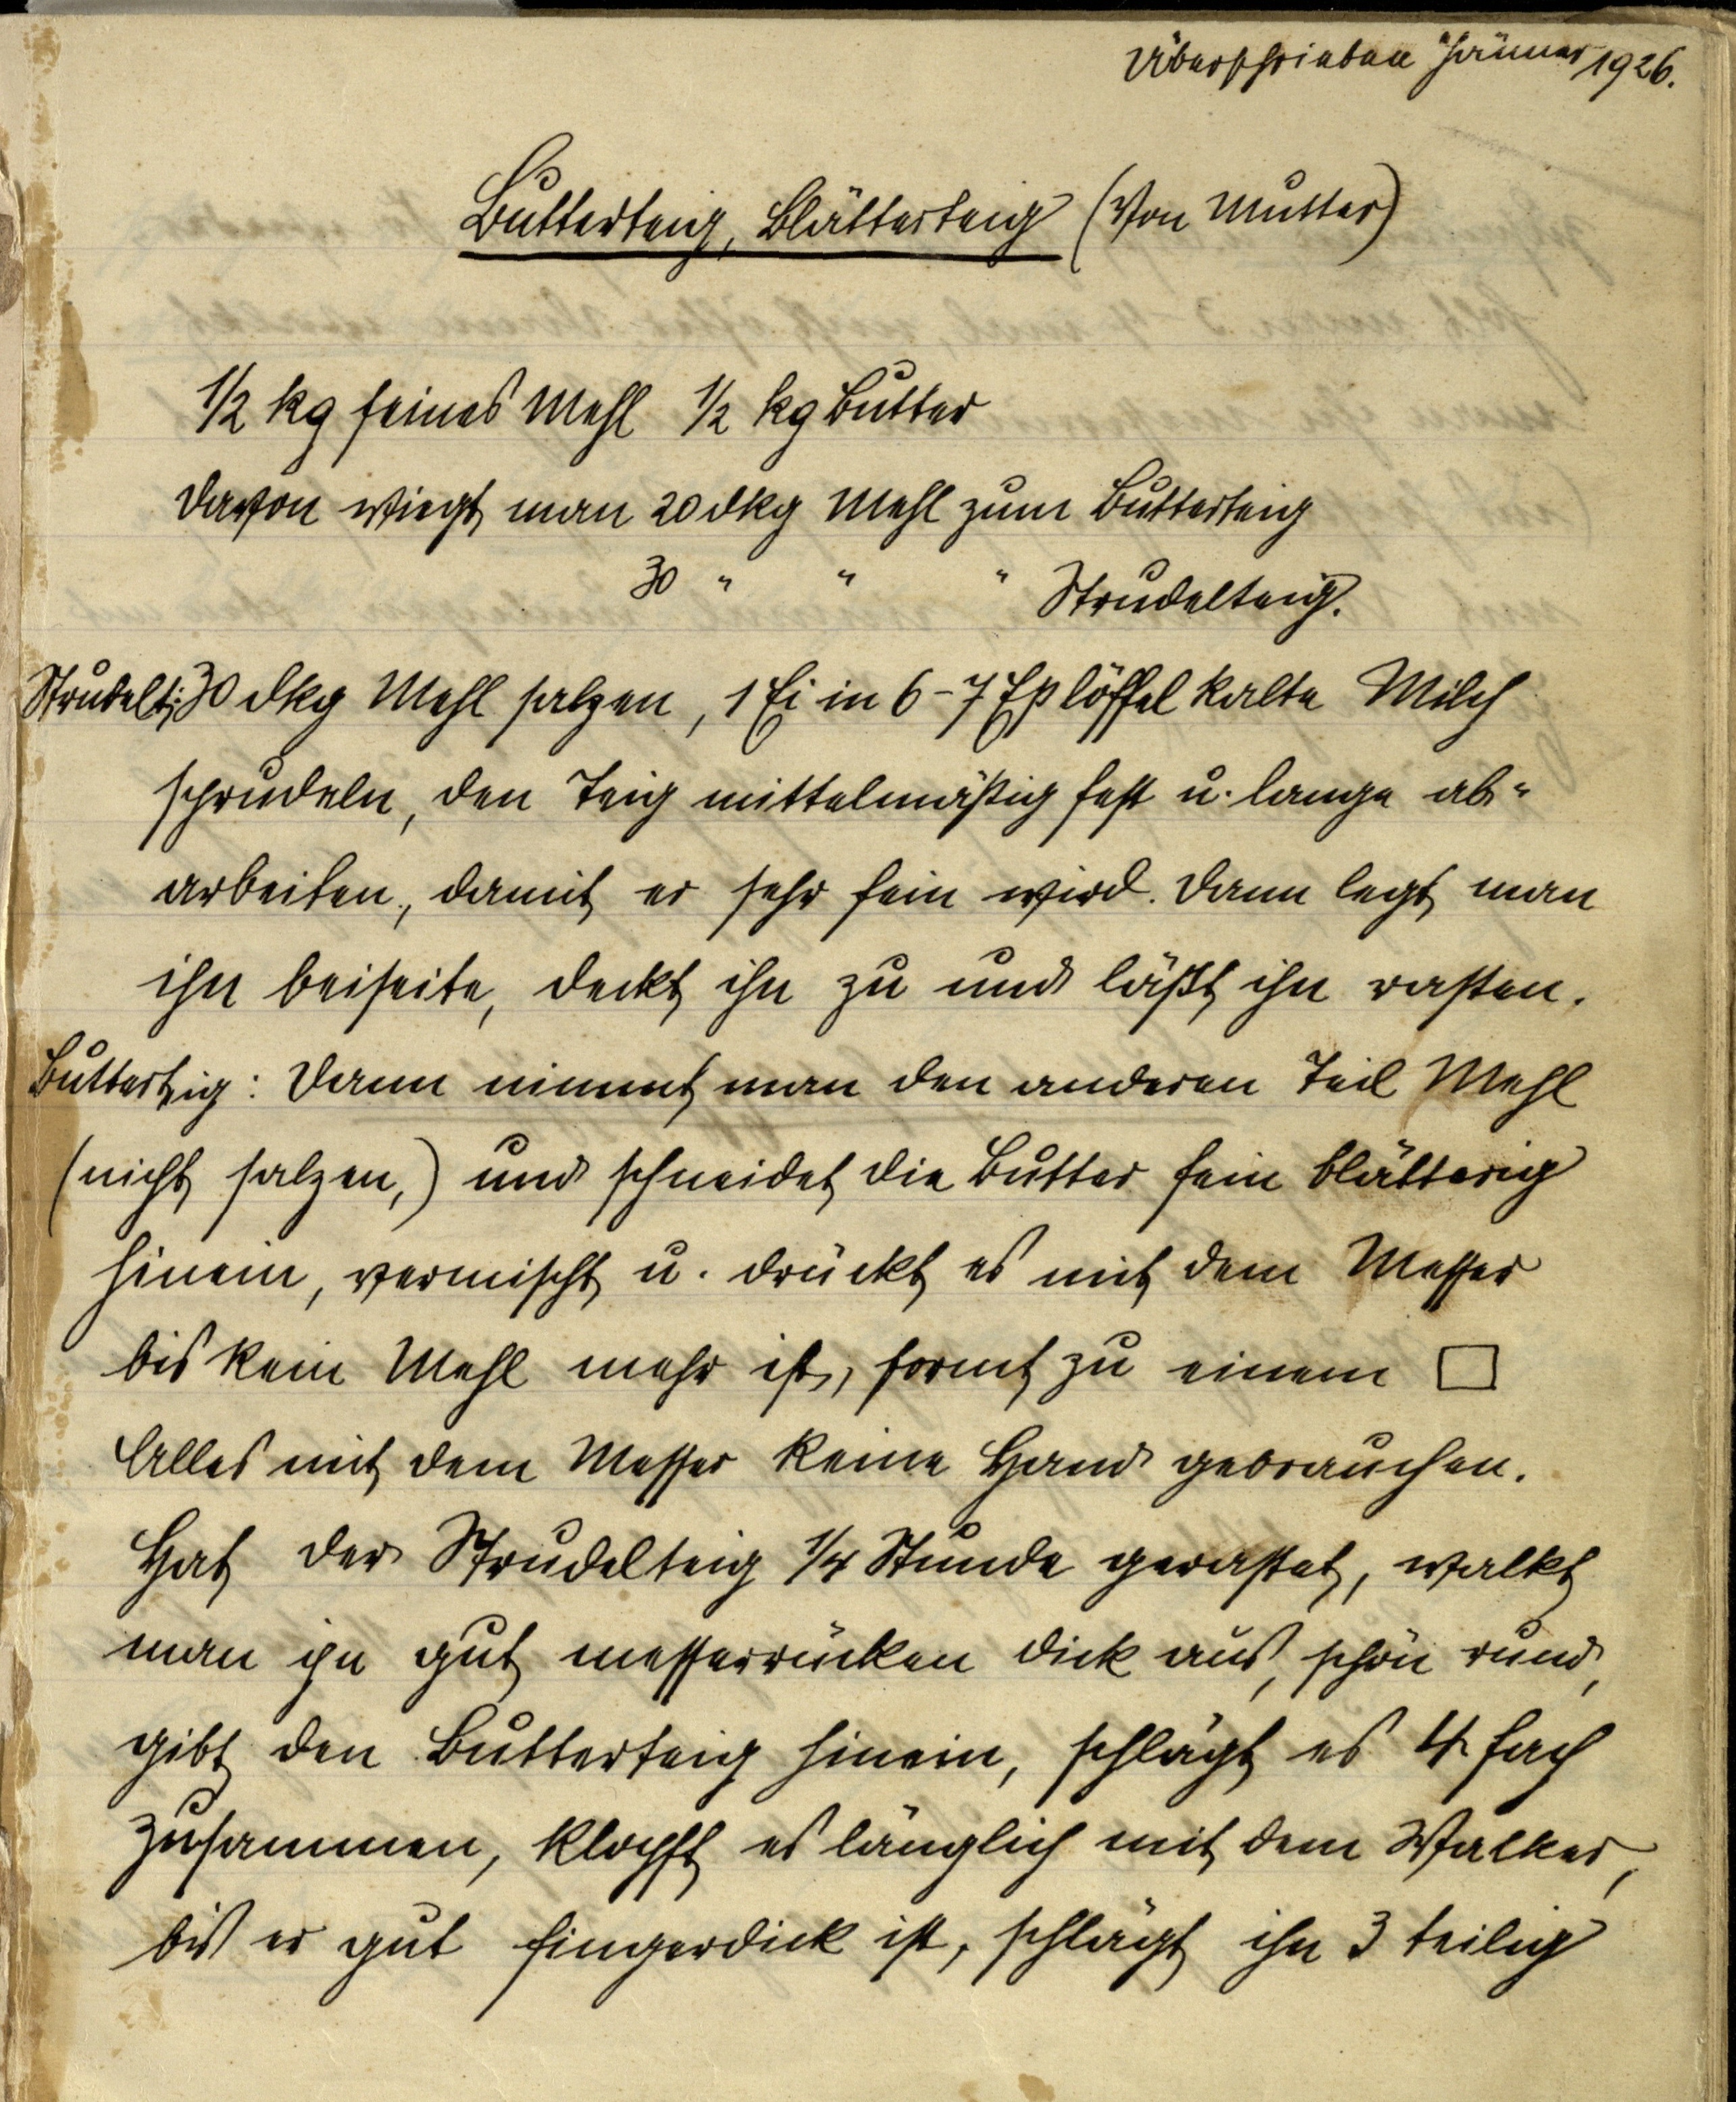
Überschrieben Jänner 1926.

Butterteig, Blätterteig (von Mutter)

½ kg feines Mehl ½ kg Butter
Davon wiegt man 20 dkg Mehl zum Butterteig
								  30  ”      ”      ”   Strudelteig.

Strudelt.: 30 dkg Mehl salzen, 1 Ei in 6-7 Eßlöffel kalte Milch
schrudeln, den Teig mittelmäßig fest u. lange ab¬
arbeiten, damit er sehr fein wird. Dann legt man
ihn beiseite, deckt ihn zu und läßt ihn rasten.

Butterteig: Dann nimmt man den anderen Teil Mehl
(nicht salzen,) und schneidet die Butter fein blätterig
hinein, vermischt u. drückt es mit dem Messer
bis kein Mehl mehr ist, formt zu einem ⃞
Alles mit dem Messer keine Hand gebrauchen.
Hat der Strudelteig ¼ Stunde gerastet, walkt
man ihn gut messerrücken dick aus, schön rund,
gibt den Butterteig hinein, schlägt es 4 fach
zusammen, klopft es länglich mit dem Walker,
biß er gut fingerdick ist, schlägt ihn 3 teilig